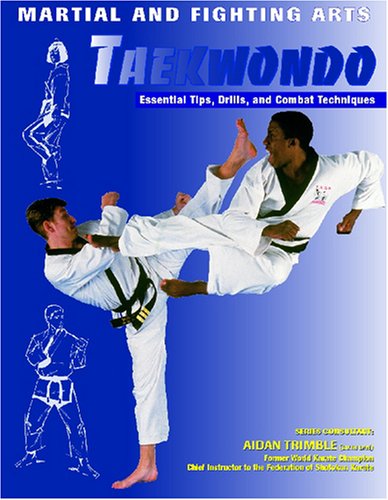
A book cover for Taekwondo: Essential Tips, Drills, and Combat Techniques (Martial and Fighting Arts); Barnaby Chesterman; Teen & Young Adult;